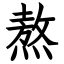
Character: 熬